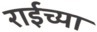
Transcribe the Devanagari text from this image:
राईच्या